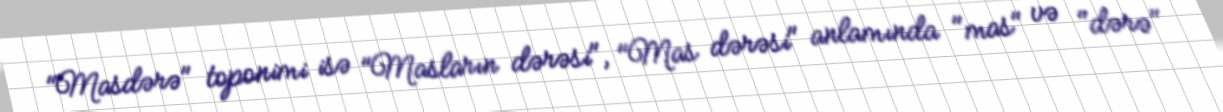
"Masdərə" toponimi isə "Masların dərəsi", "Mas dərəsi" anlamında "mas" və "dərə"